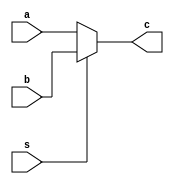
// This program was cloned from: https://github.com/Helazhary/Riscv-Verilog-Pipelined
// License: BSD 3-Clause "New" or "Revised" License

`timescale 1ns / 1ps
//////////////////////////////////////////////////////////////////////////////////
// Company: 
// Engineer: 
// 
// Design Name: 
// Module Name: Mux2x1
// Project Name: 
// Target Devices: 
// Tool Versions: 
// Description: 
// 
// Dependencies: 
// 
// Revision:
// Revision 0.01 - File Created
// Additional Comments:
// 
//////////////////////////////////////////////////////////////////////////////////


module Mux2x1(input a,b,s, output c);

assign c = s ? b : a;

endmodule